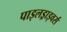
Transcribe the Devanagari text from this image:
पाइलड्राइवर्स